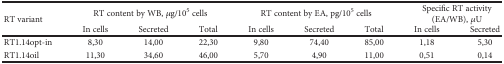
| <ROWSPAN=2> RT variant | <COLSPAN=3> RT content by WB, μg/105 cells | <COLSPAN=3> RT content by EA, pg/105 cells | <COLSPAN=2> Specific RT activity (EA/WB), μU |
 | In cells | Secreted | Total | In cells | Secreted | Total | In cells | Secreted |
 | --- | --- | --- | --- | --- | --- | --- | --- | --- |
 | RT1.14opt-in | 8,30 | 14,00 | 22,30 | 9,80 | 74,40 | 85,00 | 1,18 | 5,30 |
 | RT1.14oil | 11,30 | 34,60 | 46,00 | 5,70 | 4,90 | 11,00 | 0,51 | 0,14 |